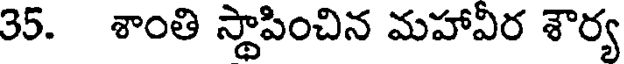
35. శాంతి స్థాపించిన మహావీర శౌర్య